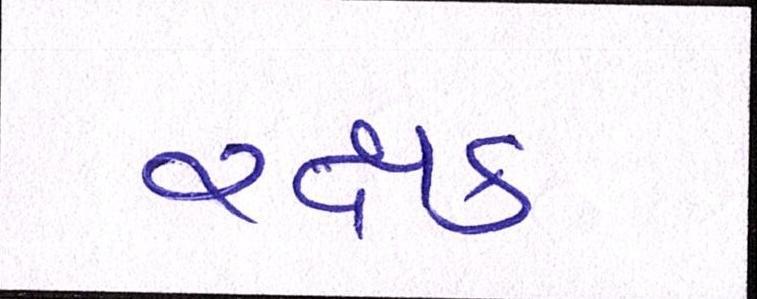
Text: રક્ષક